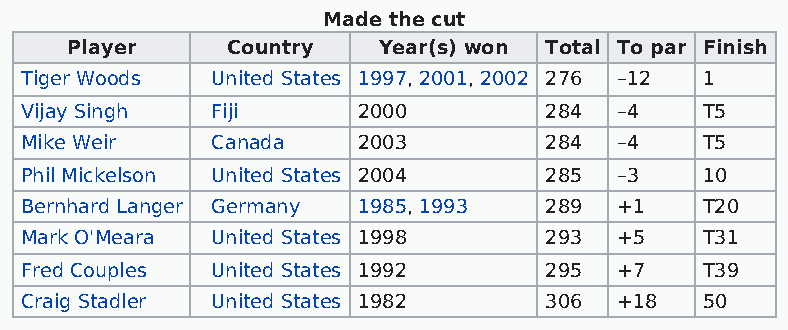
Made the cut
 Player     Country   Year(s) won Total To par Finish
 Tiger Woods  United States 1997, 2001, 2002 276 –12 1
 Vijay Singh  Fiji      2000        284  –4   T5
 Mike Weir    Canada    2003        284  –4   T5
 Phil Mickelson United States 2004  285  –3   10
 Bernhard Langer Germany 1985, 1993 289  +1   T20
 Mark O'Meara United States 1998    293  +5   T31
 Fred Couples United States 1992    295  +7   T39
 Craig Stadler United States 1982   306  +18  50